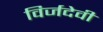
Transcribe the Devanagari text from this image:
विर्जदेवी